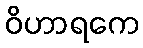
ဝိဟာရကေ